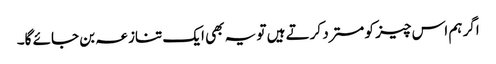
اگر ہم اس چیز کو مسترد کرتے ہیں تو یہ بھی ایک تنازعہ بن جائے گا۔